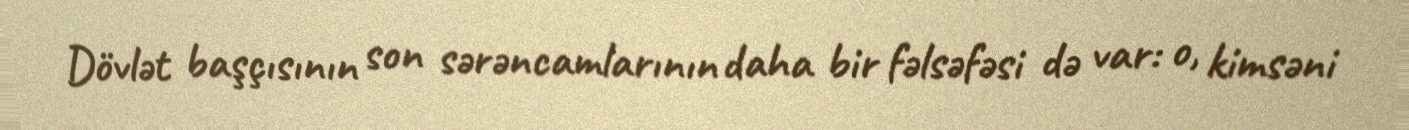
Dövlət başçısının son sərəncamlarının daha bir fəlsəfəsi də var: o, kimsəni